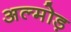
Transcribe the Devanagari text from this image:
अल्मोड़